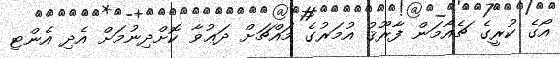
އޯގެ ކުރީގެ ޗެއާމަން ފާރޫޤު އުމަރުގެ މައްޗަށް ދަޢުވާ ކޮށްދިނުމަށް އެދި އެންޓި